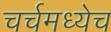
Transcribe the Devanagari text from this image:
चर्चमध्येच